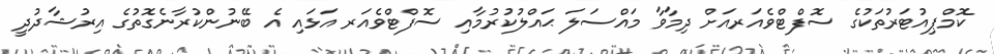
ކޮމްޕިއުޓަރުތަކުގެ ސޮފްޓްވެއަރއަށް ދިމާވާ މައްސަލަ ޙައްލުކުރުމާއި ސޮފްޓްވެއަރ އަޅައި އެ ބޭނުންކުރާނެގޮތުގެ އިރުޝާދުދީ